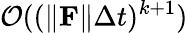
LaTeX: \mathcal{O}((\| \mathbf F\| \Delta t)^{k+1})